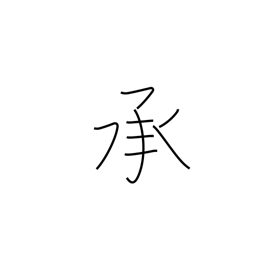
Meaning: acquiesce